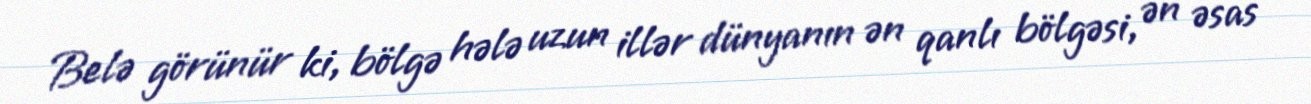
Belə görünür ki, bölgə hələ uzun illər dünyanın ən qanlı bölgəsi, ən əsas